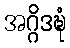
အဂ္ဂိဒဍ္ဎံ